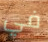
في